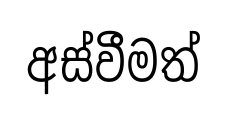
අස්වීමත්